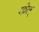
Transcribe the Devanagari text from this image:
खेल्